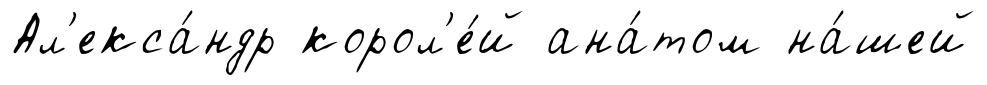
Ал'екса́ндр корол'е́й ана́том на́шей